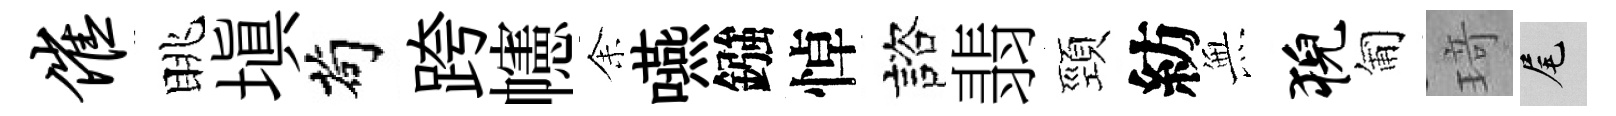
催眺塡茍跨幰𪜬嚥鏹悼諮翡頸紡𭴾猊匍𤦺尾